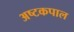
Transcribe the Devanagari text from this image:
अष्टकपाल